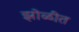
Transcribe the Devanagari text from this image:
झोळींत